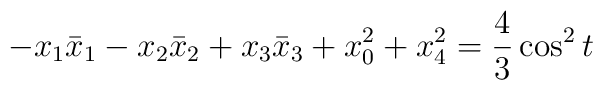
-x_{1}\bar{x}_1-x_{2}\bar{x}_2+x_{3}\bar{x}_3+x_{0}^{2}+x_{4}^{2} = \frac{4}{3} \cos^2t